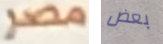
مصر بعض